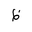
Letter: _za